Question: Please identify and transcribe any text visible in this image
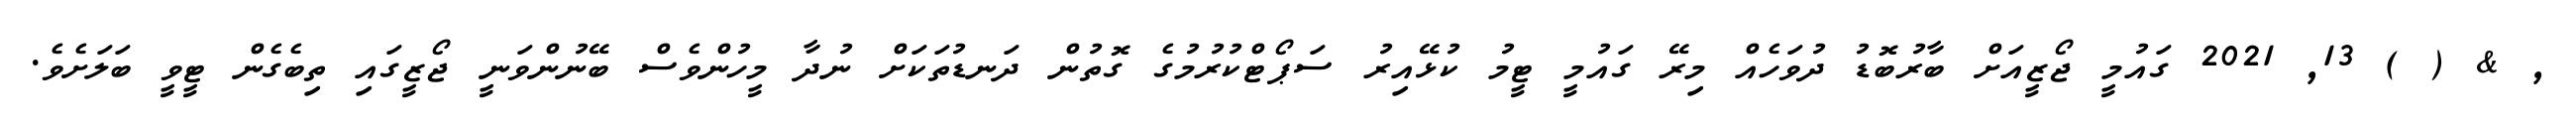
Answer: , & ( ) 13, 2021 ގައުމީ ޖޯޒީއަށް ބާރުބޮޑު ދުވަހެއް މިރޭ ގައުމީ ޓީމު ކުޅޭއިރު ސަޕޯޓްކުރުމުގެ ގޮތުން ދަނޑުތަކަށް ނުދާ މީހުންވެސް ބޭނުންވަނީ ޖޯޒީގައި ތިބެގެން ޓީވީ ބަލަށެވެ.